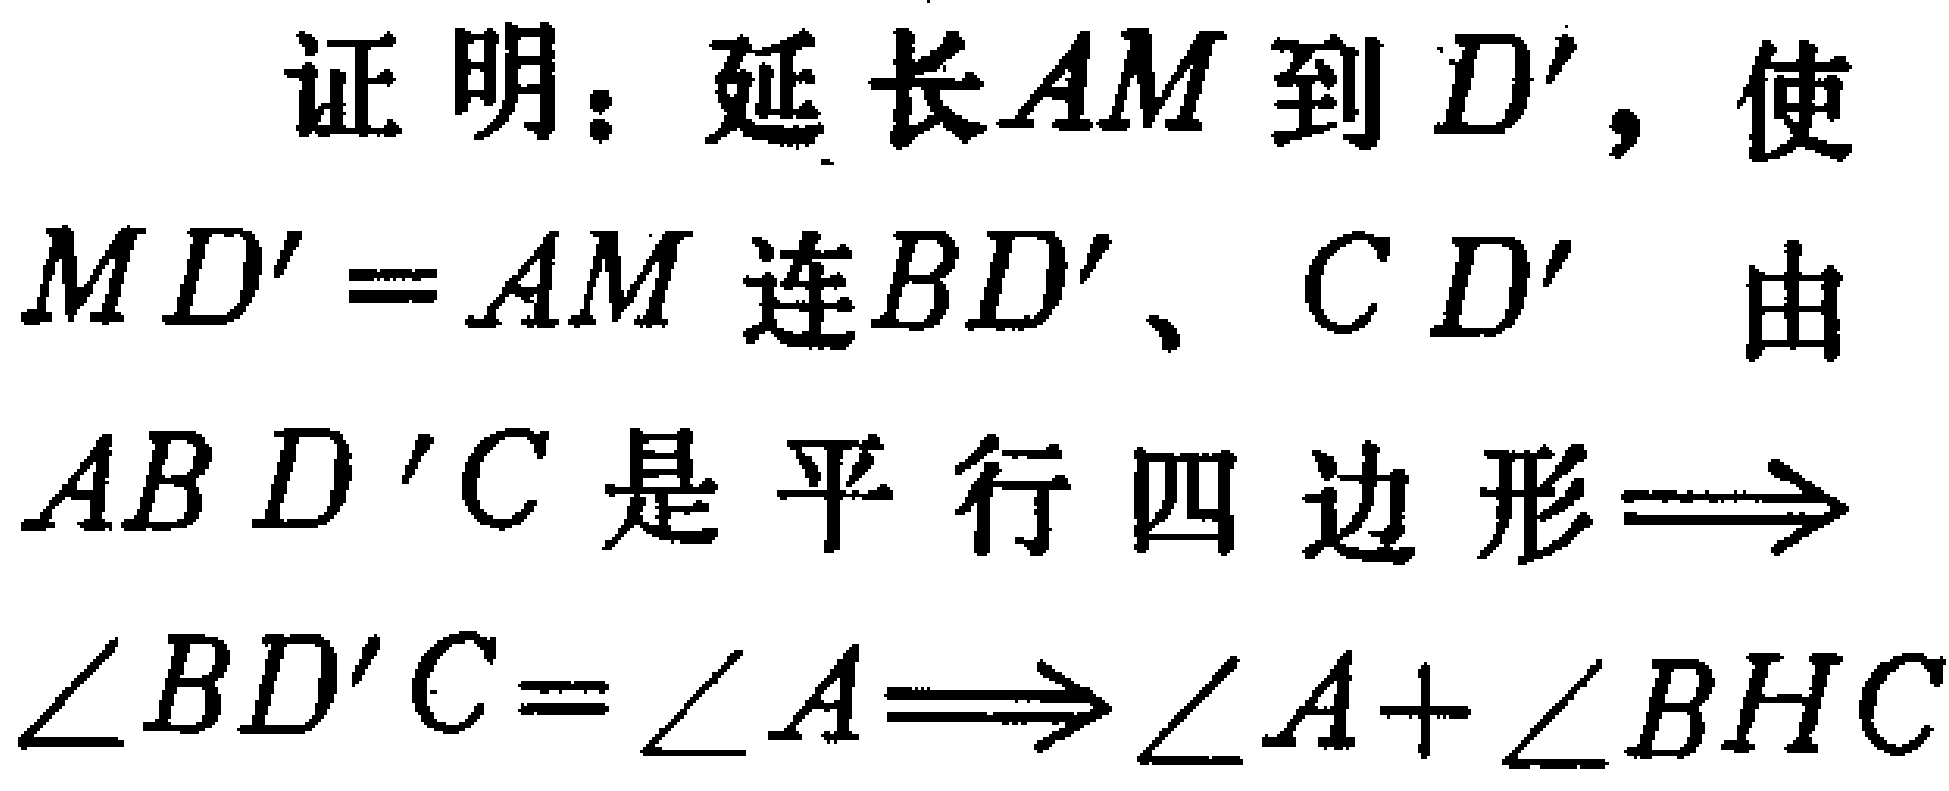
证明：延长\(AM\)到\(D'\)，使\(MD' = AM\) 连\(BD'\)、\(CD'\) 由\(ABD'C\)是平行四边形\(\Longrightarrow\)\(\angle BD'C=\angle A\)\(\Longrightarrow\)\(\angle A+\angle BHC\)